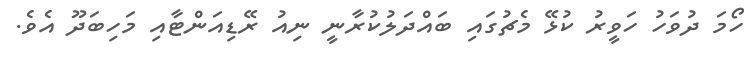
ހޯމަ ދުވަހު ހަވީރު ކުޅޭ މެޗުގައި ބައްދަލުކުރާނީ ނިއު ރޭޑިއަންޓާއި މަހިބަދޫ އެވެ.